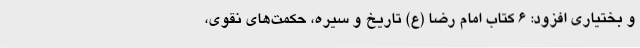
و بختیاری افزود: 6 کتاب امام رضا (ع) تاریخ و سیره، حکمت‌های نقوی،